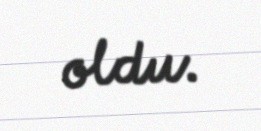
oldu.